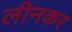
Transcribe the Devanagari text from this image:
लीनकर